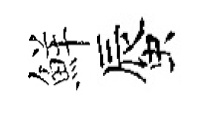
鮮蜃